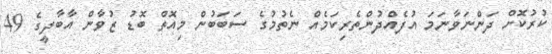
ކުރުކޮށް ދަންނަވާނަމަ އުފެއްދުންތެރިކަމެއް ނެތުމުގެ ސަބަބުން މިއޮތް ބޮޑު ޒުވާން އާބާދީގެ 49